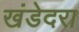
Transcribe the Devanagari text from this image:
खंडेदरा